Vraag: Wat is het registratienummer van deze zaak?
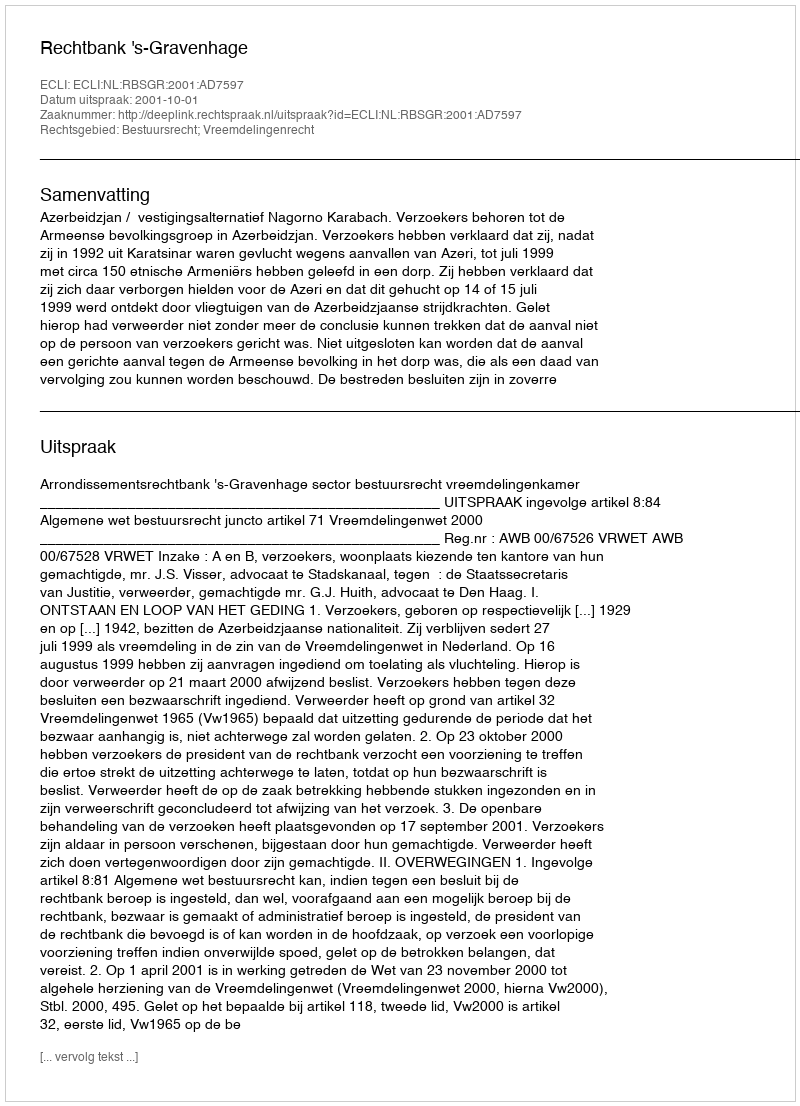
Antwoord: http://deeplink.rechtspraak.nl/uitspraak?id=ECLI:NL:RBSGR:2001:AD7597